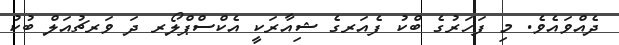
ދެއްވައެވެ. މި ފަހަރުގެ ބްކު ފެއަރގެ ޝިއާރަކީ އެކްސްޕްލޯރ ދަ ވަރޗުއަލް ބުކު